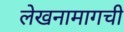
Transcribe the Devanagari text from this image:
लेखनामागची